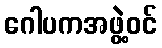
ဂေါပကအဖွဲ့ဝင်